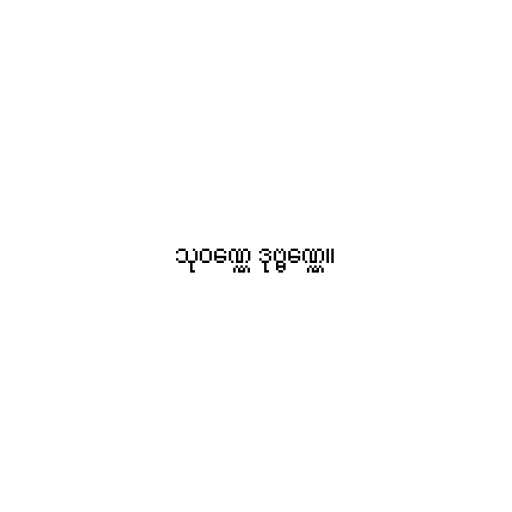
သုဝဏ္ဏေ ဒုဗ္ဗဏ္ဏေ။